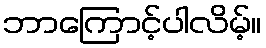
ဘာကြောင့်ပါလိမ့်။